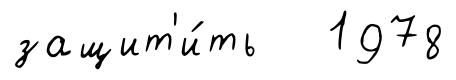
защит'и́ть 1978